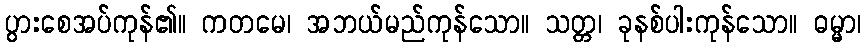
ပွားစေအပ်ကုန်၏။ ကတမေ၊ အဘယ်မည်ကုန်သော။ သတ္တ၊ ခုနစ်ပါးကုန်သော။ ဓမ္မာ၊